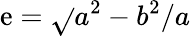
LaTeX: \mathrm{e}=\sqrt{}{{a^{2}-b^{2}}}/a